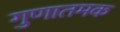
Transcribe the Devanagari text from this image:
गुणातमक